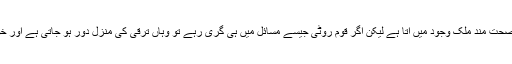
اگر ایک قوم صحت ہو تو ایک صحت مند معاشرہ تشکیل دیتی ہے جس سے ایک صحت مند ملک وجود میں آتا ہے لیکن اگر قوم روٹی جیسے مسائل میں ہی گری رہے تو وہاں ترقی کی منزل دور ہو جاتی ہے اور خود کشی جیسے واقعات عام ہو جاتے ہیں اور یہی اس وقت پاکستان میں ہو رہا ہے۔